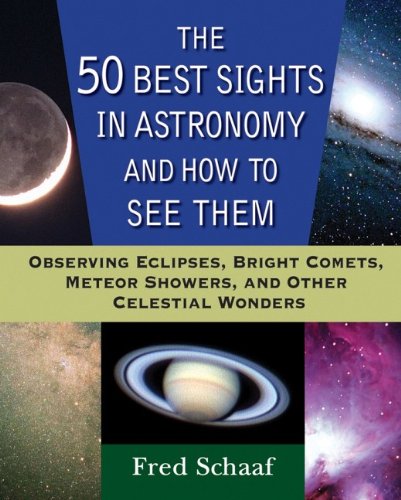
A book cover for The 50 Best Sights in Astronomy and How to See Them: Observing Eclipses, Bright Comets, Meteor Showers, and Other Celestial Wonders; Fred Schaaf; Science & Math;